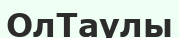
ОлТаулы